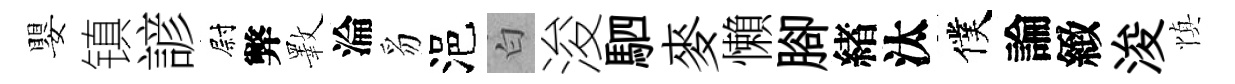
嬰镇諺尉弊斁淪豸浥白浚駟麥懶腳緖汰僕論緻浚慎